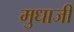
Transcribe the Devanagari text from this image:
मुधाजी